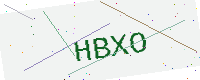
Text: HBXO